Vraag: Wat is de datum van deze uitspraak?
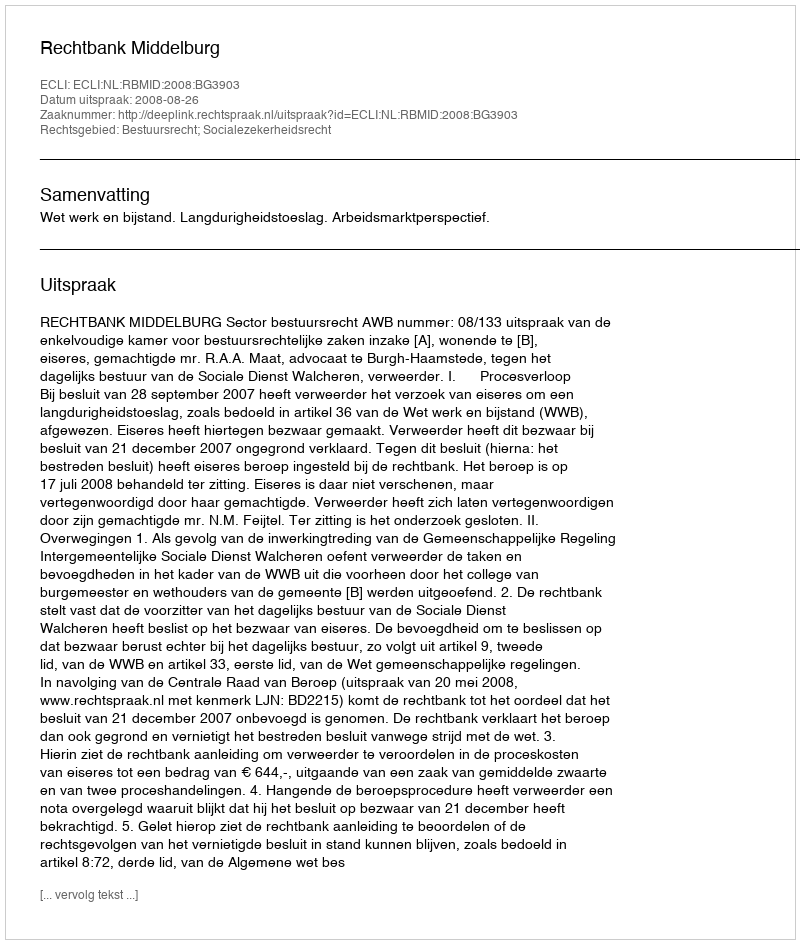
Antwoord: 2008-08-26